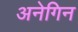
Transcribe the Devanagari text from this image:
अनेगिन